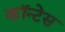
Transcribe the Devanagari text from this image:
कॉन्टेस